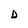
Character: D